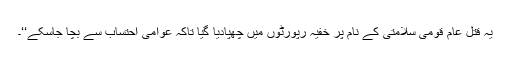
یہ قتل عام قومی سلامتی کے نام پر خفیہ رپورٹوں میں چھپادیا گیا تاکہ عوامی احتساب سے بچا جاسکے‘‘۔